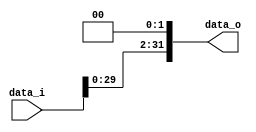
module shiftLeft2_32
(
    data_i, 
    data_o
);

// Interface
input   [31:0]      data_i;
output  [31:0]      data_o;

assign  data_o = data_i<<2;  

endmodule